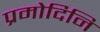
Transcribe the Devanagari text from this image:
प्रमोदिनि